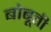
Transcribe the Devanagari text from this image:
बोबूती